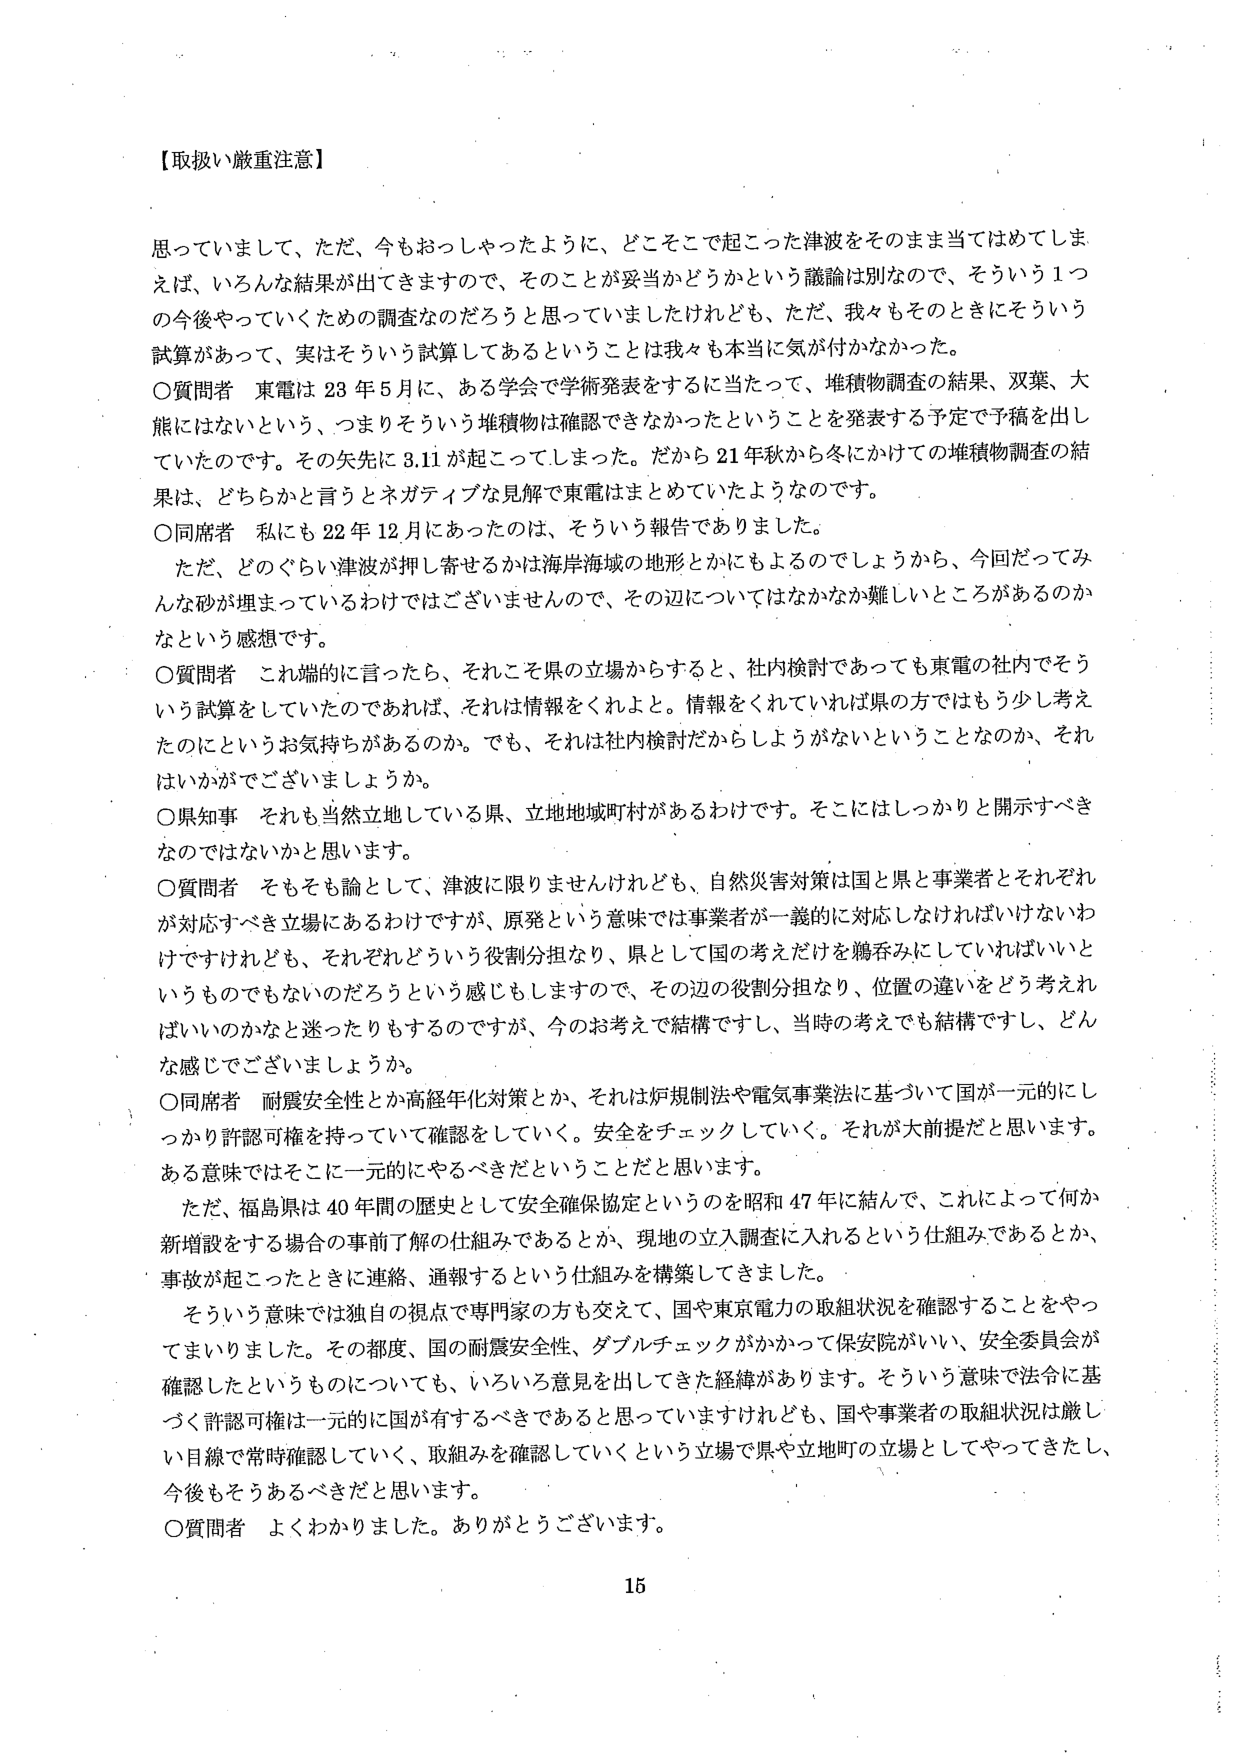
【取扱い厳重注意】

思っていまして、ただ、今もおっしゃったように、どこそこで起こった津波をそのまま当てはめてしまえば、いろんな結果が出てきますので、そのことが妥当かどうかという議論は別なので、そういう1つの今後やっていくための調査なのだろうと思っていましたけれども、ただ、我々もそのときにそういう試算があって、実はそういう試算してあるということは我々も本当に気が付かなかった。

〇質問者 東電は23年5月に、ある学会で学術発表をするに当たって、堆積物調査の結果、双葉、大熊にはないという、つまりそういう堆積物は確認できなかったということを発表する予定で予稿を出していたのです。その矢先に3.11が起こってしまった。だから21年秋から冬にかけての堆積物調査の結果は、どちらかと言うとネガティブな見解で東電はまとめていたようなのです。

〇同席者 私にも22年12月にあったのは、そういう報告ありました。

ただ、どのぐらい津波が押し寄せるかは海岸海域の地形とかにもよるのでしょうから、今回だってみんな砂が埋まっているわけではありませんので、その辺についてはなかなか難しいところがあるのかなという感想です。

〇質問者 これ端的に言ったら、それこそ県の立場からすると、社内検討であっても東電の社内でそういう試算をしていたのであれば、それは情報をくれよと。情報をくれていれば県の方ではもう少し考えたのにというお気持ちがあるのか。でも、それは社内検討だからしようがないということなのか、それはいかがでございましょうか。

〇県知事 それも当然立地している県、立地地域町村があるわけです。そこにはしっかりと開示すべきなのではないかと思います。

〇質問者 そもそも論として、津波に限りませんけれども、自然災害対策は国と県と事業者とそれぞれが対応すべき立場にあるわけですが、原発という意味では事業者が一義的に対応しなければいけないわけですがけれども、それぞれどういう役割分担なり、県として国の考えだけを鵜呑みにしていればいいというものでもないのだろうという感じもしますので、その辺の役割分担なり、位置の違いをどう考えればいいのかなと迷ったりもするのですが、今のお考えで結構ですし、当時の考えでも結構ですし、どんな感じでございましょうか。

〇同席者 耐震安全性とか高経年化対策とか、それは炉規制法や電気事業法に基づいて国が一元的にしっかり許認可権を持っていて確認をしていく。安全をチェックしていく。それが大前提だと思います。ある意味ではそこに一元的にやるべきだということだと思います。

ただ、福島県は40年間の歴史として安全確保協定というのを昭和47年に結んで、これによって何か新増設をする場合の事前了解の仕組みであるとか、現地の立入調査に入れるという仕組みであるとか、事故が起こったときに連絡、通報するという仕組みを構築してきました。

そういう意味では独自の視点で専門家の方も交えて、国や東京電力の取組状況を確認することをやってまいりました。その都度、国の耐震安全性、ダブルチェックがかかって保安院がいい、安全委員会が確認したというものについても、いろいろ意見を出してきた経緯があります。そういう意味で法令に基づく許認可権は一元的に国が有するべきであると思っていますけれども、国や事業者の取組状況は厳しい目線で常時確認していく、取組みを確認していくという立場で県や立地町の立場としてやってきたし、今後もそうあるべきだと思います。

〇質問者 よくわかりました。ありがとうございます。

15